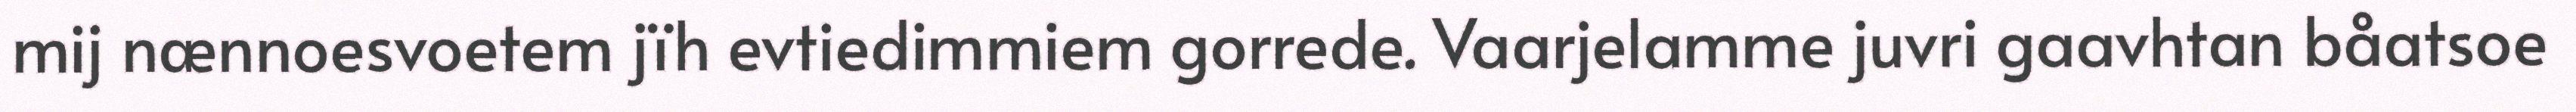
mij nænnoesvoetem jïh evtiedimmiem gorrede. Vaarjelamme juvri gaavhtan båatsoe